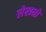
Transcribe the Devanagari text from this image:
लेखनो